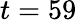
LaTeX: t=59